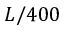
L / 4 0 0